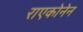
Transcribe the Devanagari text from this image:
राएकोनेन